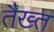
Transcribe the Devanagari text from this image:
तैख्त